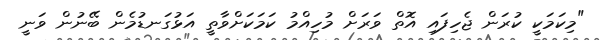
"މިކަމަކީ ކުރަން ޖެހިފައި އޮތް ވަރަށް މުހިއްމު ކަމަކަށްވާތީ އަޅުގަނޑުމެން ބޭނުން ވަނީ